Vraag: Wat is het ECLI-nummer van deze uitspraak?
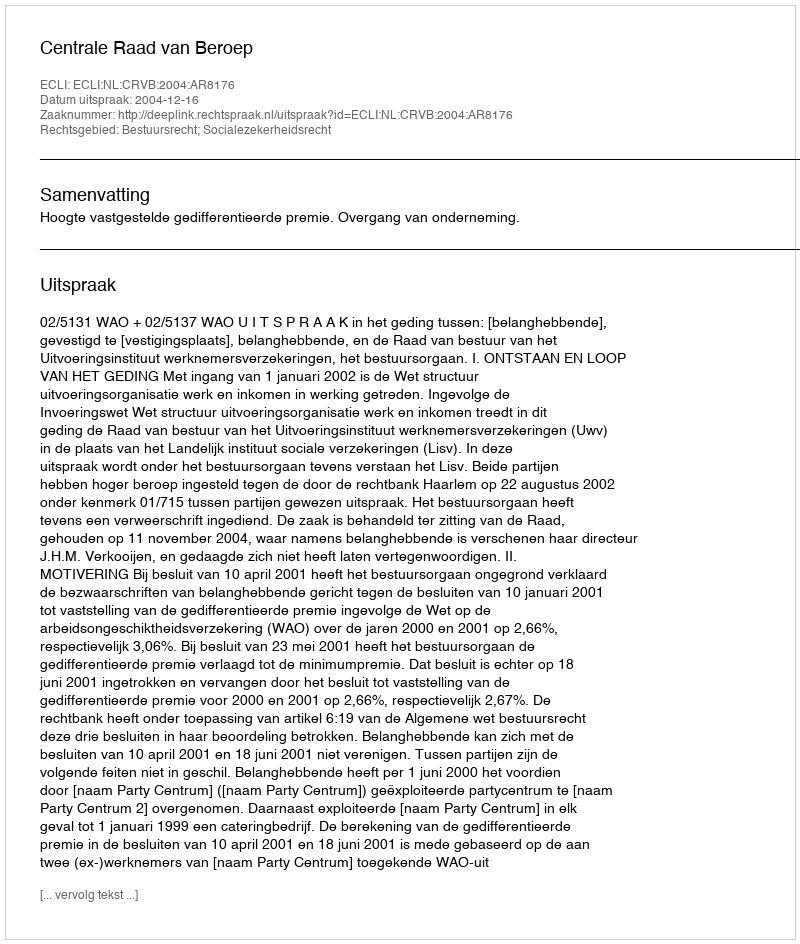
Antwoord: ECLI:NL:CRVB:2004:AR8176